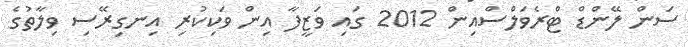
ސަން ލޭންޑް ޓްރެވަލްސްއިން 2012 ގައި ވަޒީފާ އިން ވަކިކުރި އިނގިރޭސި ވިލާތުގެ